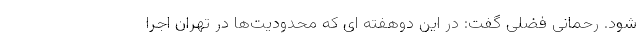
شود. رحمانی فضلی گفت: در این دوهفته ای که محدودیت‌ها در تهران اجرا